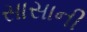
સાસાની